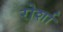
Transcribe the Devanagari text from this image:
रोर्शा